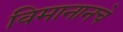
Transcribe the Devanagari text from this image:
विमानानचे